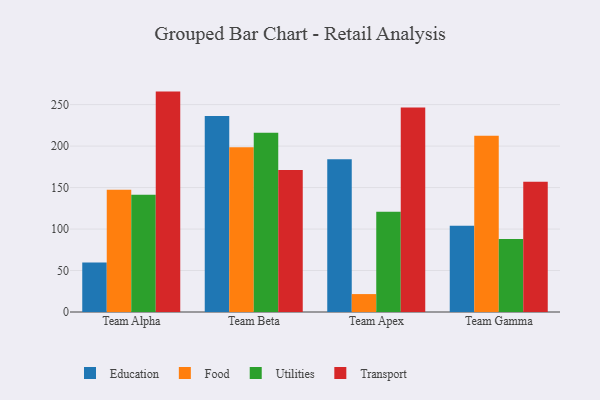
{"axis": {"x": "Team", "y": "Net Income (USD K)"}, "legend": ["Education", "Food", "Transport", "Utilities"], "data": [{"x": "Team Alpha", "y": 59.7, "type": "Education"}, {"x": "Team Alpha", "y": 147.3, "type": "Food"}, {"x": "Team Alpha", "y": 141.2, "type": "Utilities"}, {"x": "Team Alpha", "y": 265.7, "type": "Transport"}, {"x": "Team Beta", "y": 236.2, "type": "Education"}, {"x": "Team Beta", "y": 198.5, "type": "Food"}, {"x": "Team Beta", "y": 216.0, "type": "Utilities"}, {"x": "Team Beta", "y": 171.1, "type": "Transport"}, {"x": "Team Apex", "y": 184.0, "type": "Education"}, {"x": "Team Apex", "y": 21.6, "type": "Food"}, {"x": "Team Apex", "y": 120.9, "type": "Utilities"}, {"x": "Team Apex", "y": 246.6, "type": "Transport"}, {"x": "Team Gamma", "y": 104.0, "type": "Education"}, {"x": "Team Gamma", "y": 212.5, "type": "Food"}, {"x": "Team Gamma", "y": 88.0, "type": "Utilities"}, {"x": "Team Gamma", "y": 157.1, "type": "Transport"}]}